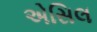
એસિલ